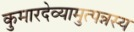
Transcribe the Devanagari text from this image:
कुमारदेव्यामुत्पन्नस्य